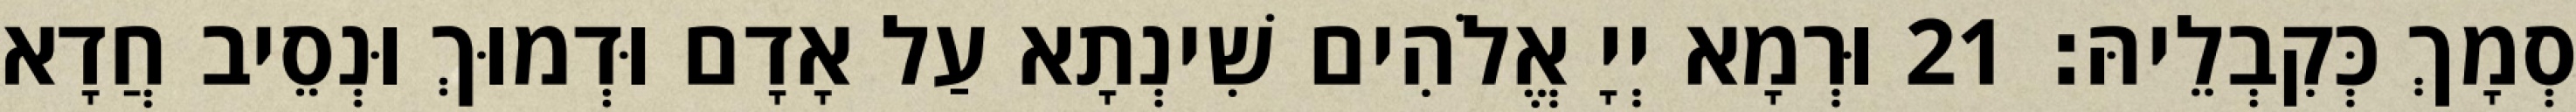
סְמָךְ כְּקִבְלֵיהּ׃ 21 וּרְמָא יְיָ אֱלֹהִים שִׁינְתָא עַל אָדָם וּדְמוּךְ וּנְסֵיב חֲדָא